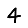
Digit: 4